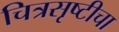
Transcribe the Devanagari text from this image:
चित्रसृष्टीचा